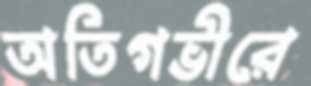
অতিগভীরে